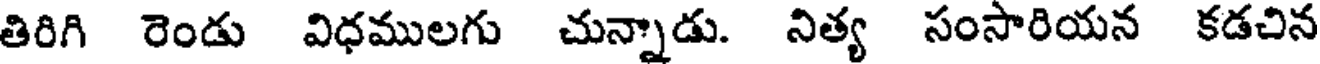
తిరిగి రెండు విధములగు చున్నాడు. నిత్య సంసారియన కడచిన